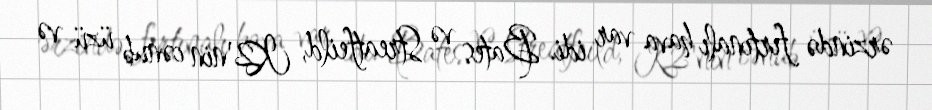
ərzində fırtınalı hava var idi. Bates və Streatfeild, K2'nin cənub üzü və